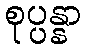
စုပ္ပန္နာ